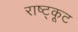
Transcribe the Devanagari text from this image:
राष्ट्कूट